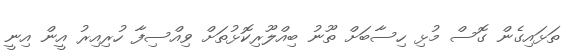
ތަޅައިގެން ގޮސް މުޅި ހިސާބަށް ތޫނު ބިއްލޫރިކޮޅުތަށް ވިއްސިފާ ހުރިއިރު އީން އިނީ